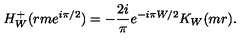
H _ { W } ^ { + } ( r m e ^ { i \pi / 2 } ) = - \frac { 2 i } { \pi } e ^ { - i \pi W / 2 } K _ { W } ( m r ) .